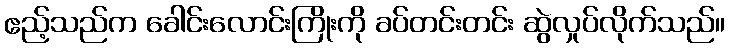
ဧည့်သည်က ခေါင်းလောင်းကြိုးကို ခပ်တင်းတင်း ဆွဲလှုပ်လိုက်သည်။